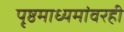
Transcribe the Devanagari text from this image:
पृष्ठमाध्यमांवरही